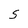
Character: S